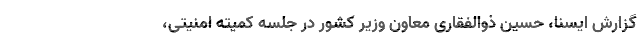
گزارش ایسنا، حسین ذوالفقاری معاون وزیر کشور در جلسه کمیته امنیتی،